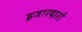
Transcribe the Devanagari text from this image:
इजारदारों